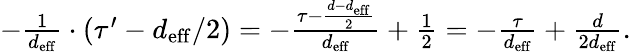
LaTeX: \begin{array}{r}{-\frac{1}{d_{\mathrm{eff}}}\cdot\left(\tau^{\prime}-d_{\mathrm{eff}}/2\right)=-\frac{\tau-\frac{d-d_{\mathrm{eff}}}{2}}{d_{\mathrm{eff}}}+\frac{1}{2}=-\frac{\tau}{d_{\mathrm{eff}}}+\frac{d}{2d_{\mathrm{eff}}}.}\end{array}